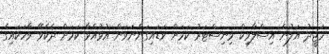
މަޖީދު އަލުން އިސްލާމިކް މިނިސްޓަރު ކަމަށް ވަޑައިގަންނަވަން އުޅުއްވާ ކަމަށް ދެކެވޭ ވާހަކައިގެ